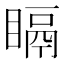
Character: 𥉅